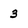
Character: 3